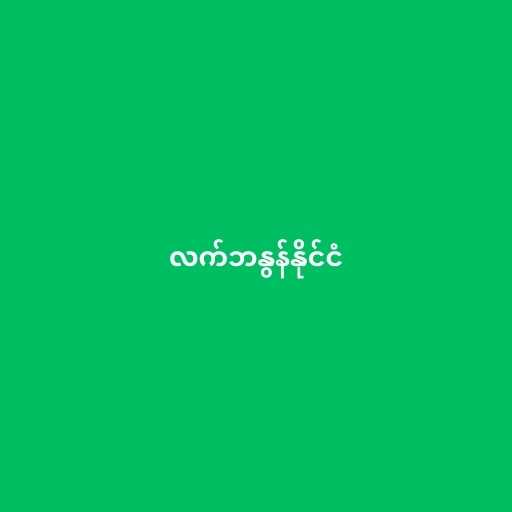
လက်ဘနွန်နိုင်ငံ